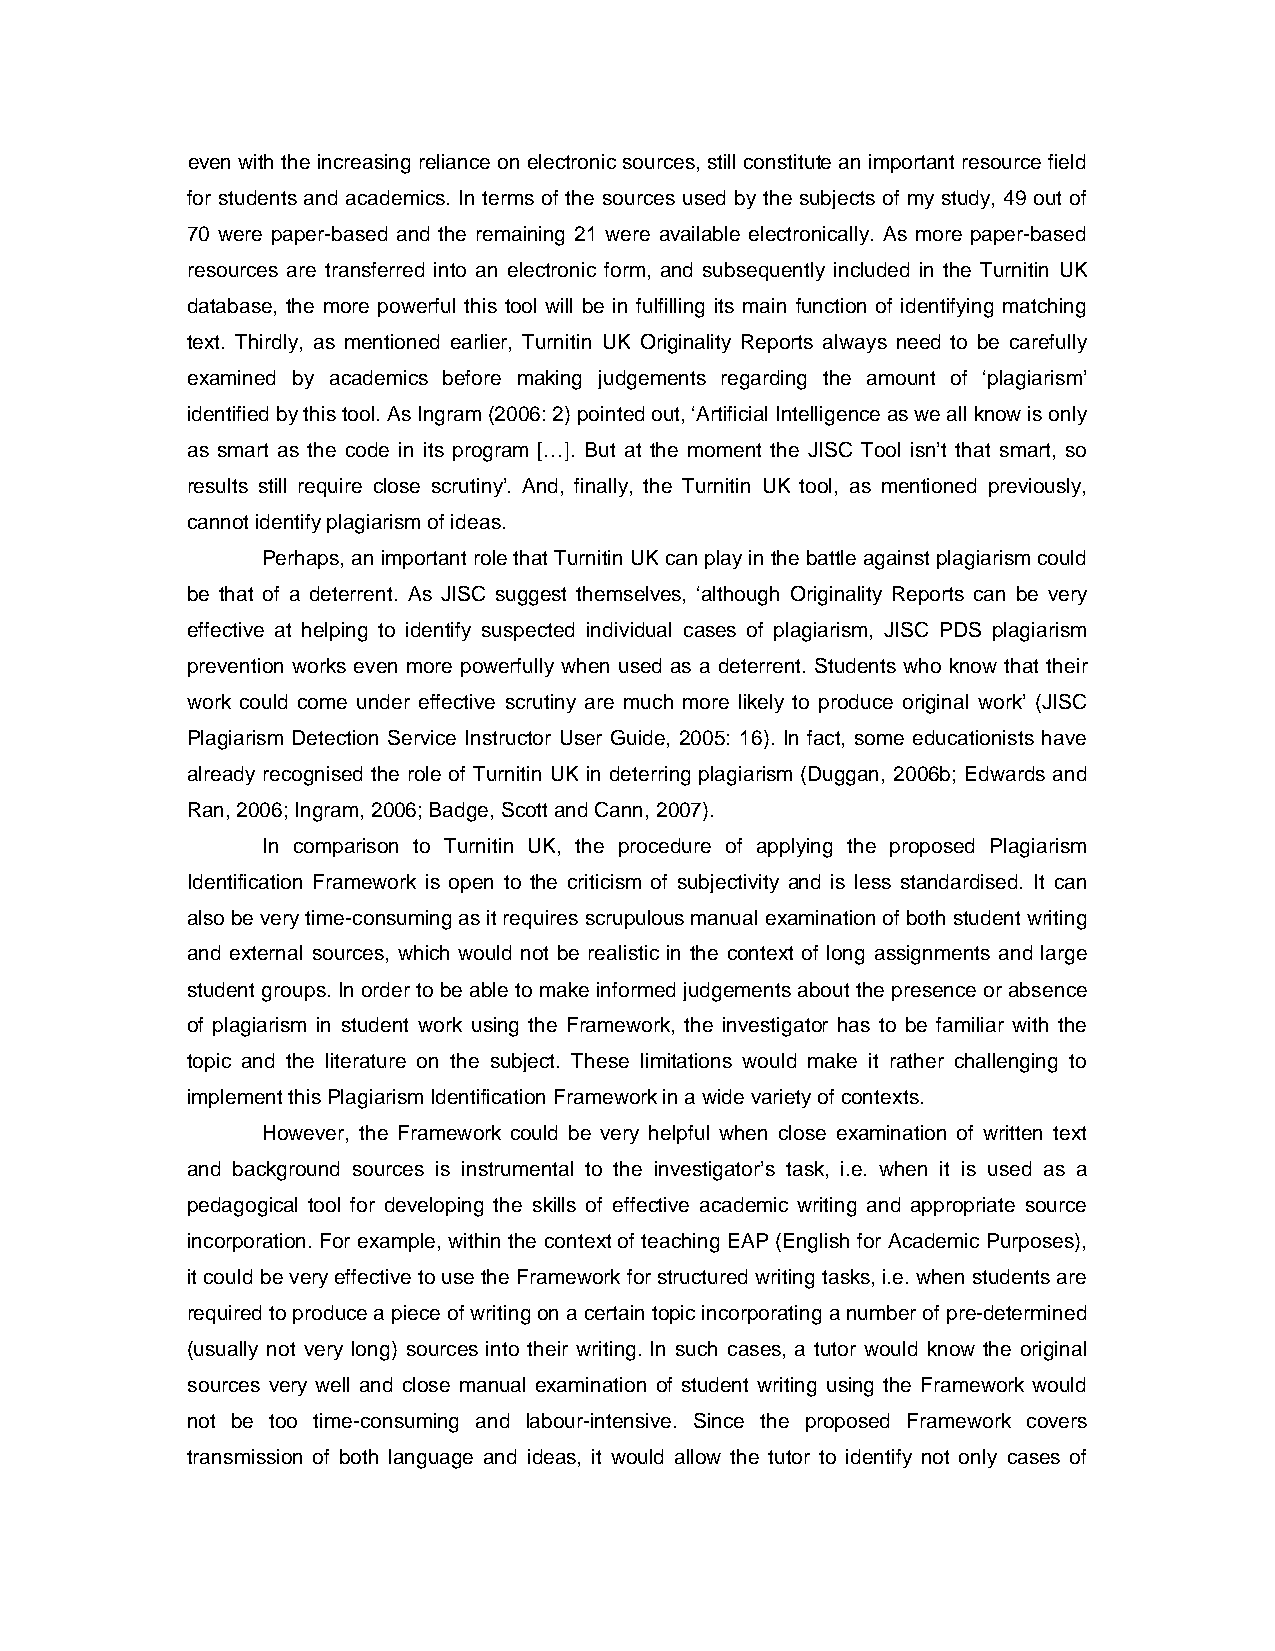
even with the increasing reliance on electronic sources, still constitute an important resource field
 for students and academics. In terms of the sources used by the subjects of my study, 49 out of
 70 were paper-based and the remaining 21 were available electronically. As more paper-based
 resources are transferred into an electronic form, and subsequently included in the Turnitin UK
 database, the more powerful this tool will be in fulfilling its main function of identifying matching
 text. Thirdly, as mentioned earlier, Turnitin UK Originality Reports always need to be carefully
 examined by academics before making judgements regarding the amount of ‘plagiarism’
 identified by this tool. As Ingram (2006: 2) pointed out, ‘Artificial Intelligence as we all know is only
 as smart as the code in its program […]. But at the moment the JISC Tool isn’t that smart, so
 results still require close scrutiny’. And, finally, the Turnitin UK tool, as mentioned previously,
 cannot identify plagiarism of ideas.
 Perhaps, an important role that Turnitin UK can play in the battle against plagiarism could
 be that of a deterrent. As JISC suggest themselves, ‘although Originality Reports can be very
 effective at helping to identify suspected individual cases of plagiarism, JISC PDS plagiarism
 prevention works even more powerfully when used as a deterrent. Students who know that their
 work could come under effective scrutiny are much more likely to produce original work’ (JISC
 Plagiarism Detection Service Instructor User Guide, 2005: 16). In fact, some educationists have
 already recognised the role of Turnitin UK in deterring plagiarism (Duggan, 2006b; Edwards and
 Ran, 2006; Ingram, 2006; Badge, Scott and Cann, 2007).
 In comparison to Turnitin UK, the procedure of applying the proposed Plagiarism
 Identification Framework is open to the criticism of subjectivity and is less standardised. It can
 also be very time-consuming as it requires scrupulous manual examination of both student writing
 and external sources, which would not be realistic in the context of long assignments and large
 student groups. In order to be able to make informed judgements about the presence or absence
 of plagiarism in student work using the Framework, the investigator has to be familiar with the
 topic and the literature on the subject. These limitations would make it rather challenging to
 implement this Plagiarism Identification Framework in a wide variety of contexts.
 However, the Framework could be very helpful when close examination of written text
 and background sources is instrumental to the investigator’s task, i.e. when it is used as a
 pedagogical tool for developing the skills of effective academic writing and appropriate source
 incorporation. For example, within the context of teaching EAP (English for Academic Purposes),
 it could be very effective to use the Framework for structured writing tasks, i.e. when students are
 required to produce a piece of writing on a certain topic incorporating a number of pre-determined
 (usually not very long) sources into their writing. In such cases, a tutor would know the original
 sources very well and close manual examination of student writing using the Framework would
 not be too time-consuming and labour-intensive. Since the proposed Framework covers
 transmission of both language and ideas, it would allow the tutor to identify not only cases of